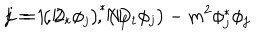
LaTeX: L = \bigl ( D _ { t } \phi _ { j } \bigr ) ^ { \ast } \bigl ( D _ { t } \phi _ { j } \bigr ) - m ^ { 2 } \phi _ { j } ^ { \ast } \phi _ { j } \hspace { 1 c m } j = 1 , 2 , \dots , N _ { f }